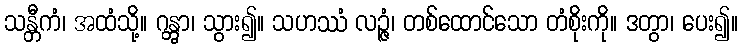
သန္တီကံ၊ အထံသို့။ ဂန္တွာ၊ သွား၍။ သဟဿံ လဉ္ဇံ၊ တစ်ထောင်သော တံစိုးကို။ ဒတွာ၊ ပေး၍။